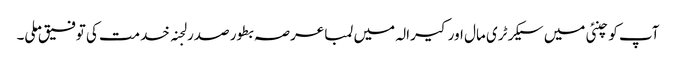
آپ کو چنئی میں سیکرٹری مال اور کیرالہ میں لمبا عرصہ بطور صدر لجنہ خدمت کی توفیق ملی۔